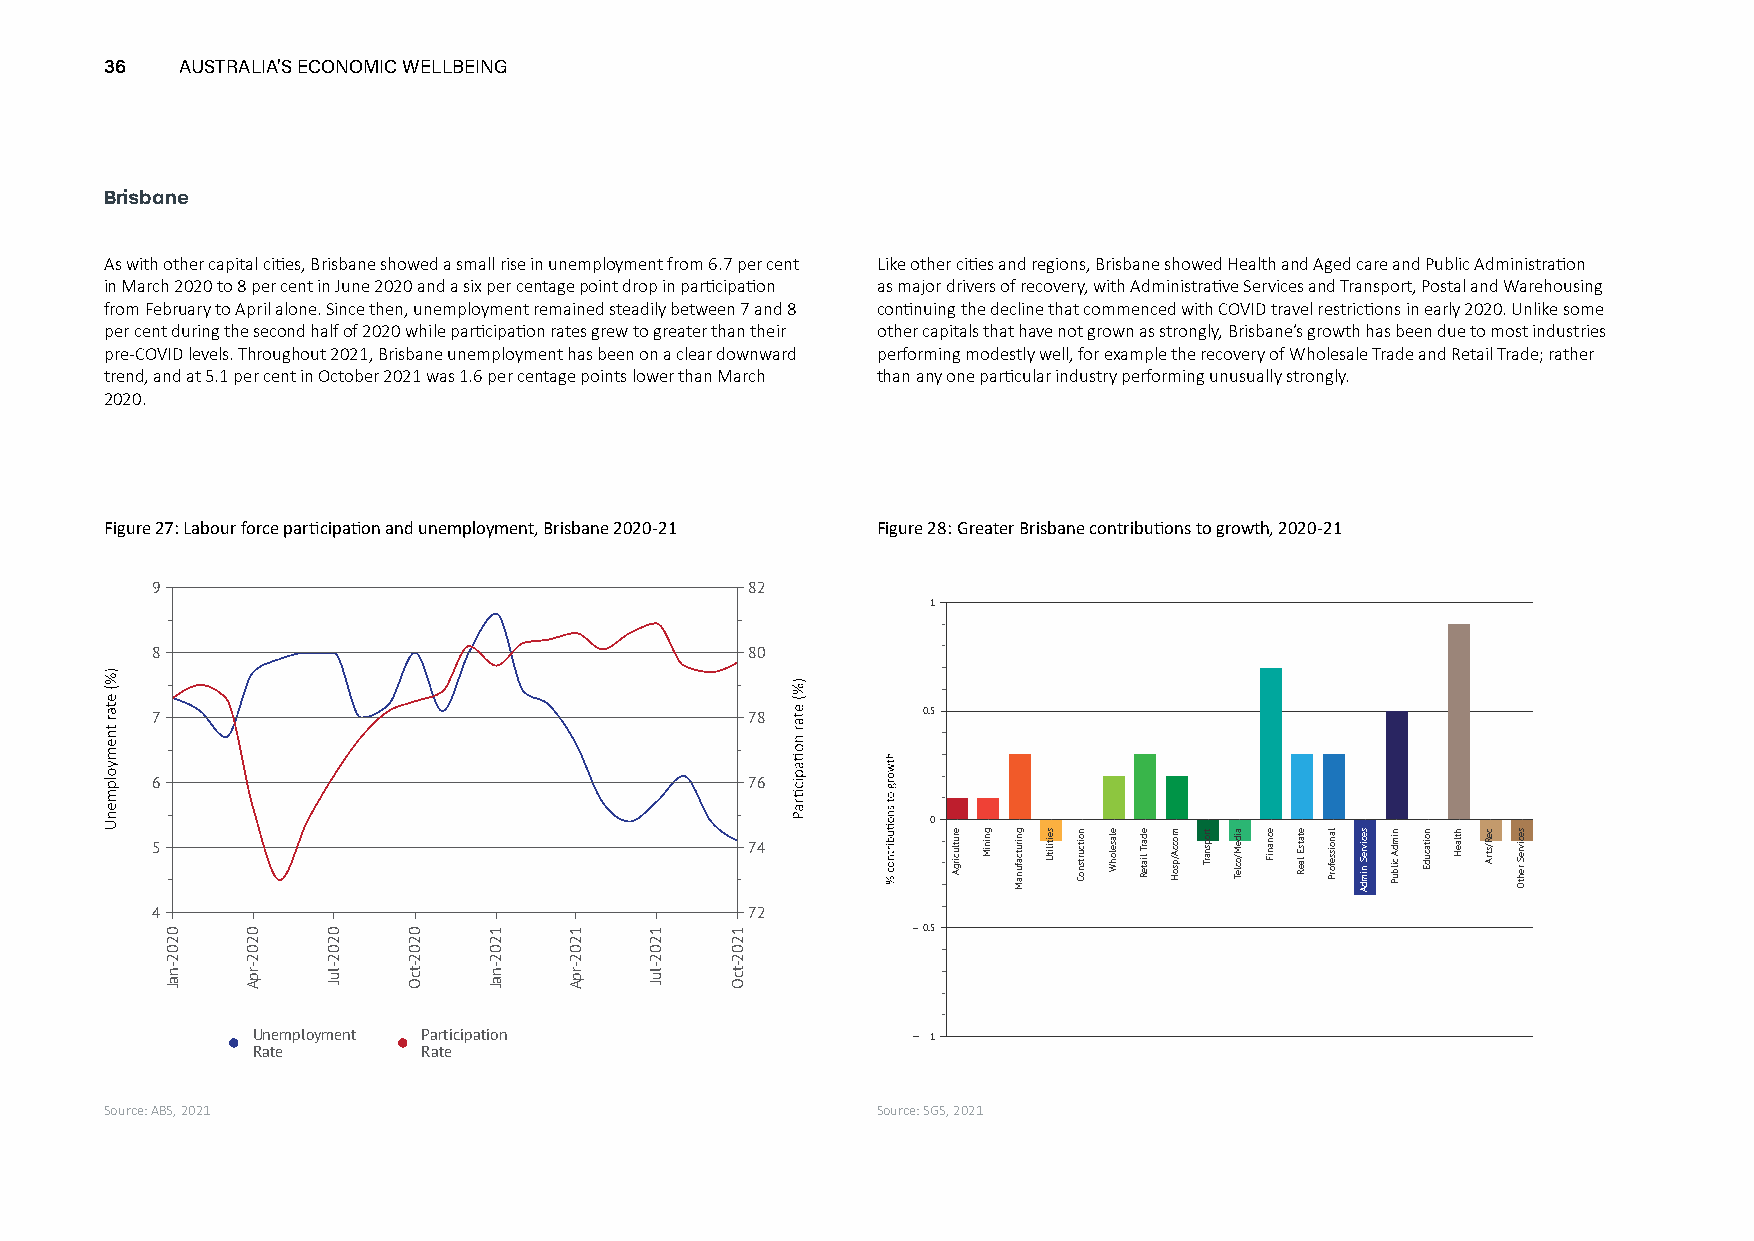
36   AUSTRALIA’S ECONOMIC WELLBEING
 Brisbane
 As with other capital cities, Brisbane showed a small rise in unemployment from 6.7 per cent Like other cities and regions, Brisbane showed Health and Aged care and Public Administration
 in March 2020 to 8 per cent in June 2020 and a six per centage point drop in participation as major drivers of recovery, with Administrative Services and Transport, Postal and Warehousing
 from February to April alone. Since then, unemployment remained steadily between 7 and 8 continuing the decline that commenced with COVID travel restrictions in early 2020. Unlike some
 per cent during the second half of 2020 while participation rates grew to greater than their other capitals that have not grown as strongly, Brisbane’s growth has been due to most industries
 pre-COVID levels. Throughout 2021, Brisbane unemployment has been on a clear downward performing modestly well, for example the recovery of Wholesale Trade and Retail Trade; rather
 trend, and at 5.1 per cent in October 2021 was 1.6 per centage points lower than March than any one particular industry performing unusually strongly.
 2020.
 Figure 27: Labour force participation and unemployment, Brisbane 2020-21 Figure 28: Greater Brisbane contributions to growth, 2020-21
 9                                       82
 1
 8                                       80
 7                                       78         0.5
 6                                       76
 0
 5                                       74
 4                                       72
 0.5
 Unemployment Participation                   1
 Rate       Rate
 Source: ABS, 2021                                  Source: SGS, 2021
 0202-naJ 0202-rpA 0202-luJ 0202-tcO 1202-naJ 1202-rpA 1202-luJ 1202-tcO
 erutlucirgA gniniM gnirutcafunaM seitilitU noitcurtsnoC elaselohW edarT
 liateR
 moccA/psoH tropsnarT aideM/ocleT ecnaniF etatsE
 laeR
 lanoisseforP secivreS
 nimdA
 nimdA
 cilbuP
 noitacudE htlaeH ceR/strA secivreS
 rehtO